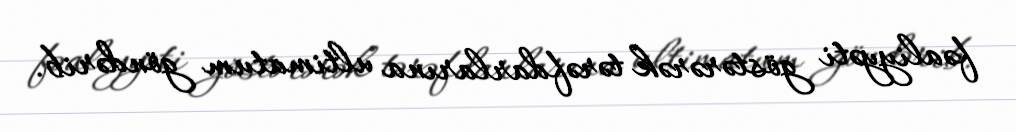
fəaliyyəti göstərərək tərəfdarlarına ultimatum göndərib.